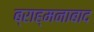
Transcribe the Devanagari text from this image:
ब्राह्मनाबाद